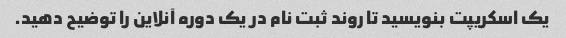
یک اسکریپت بنویسید تا روند ثبت نام در یک دوره آنلاین را توضیح دهید.